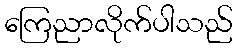
ကြေညာလိုက်ပါသည်